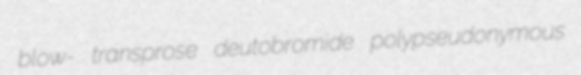
blow- transprose deutobromide polypseudonymous